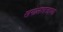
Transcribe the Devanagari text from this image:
खगोलशात्राच्या